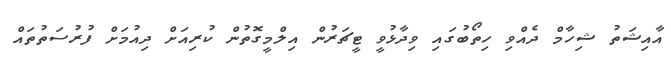
އާއިޝަތު ޝިހާމް ދެއްވި ހިތޯބުގައި ވިދާޅުވީ ޓީޗަރުން އިލްމީގޮތުން ކުރިއަށް ދިއުމަށް ފުރުސަތުތައް